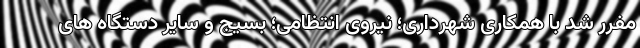
مفرر شد با همکاری شهرداری؛ نیروی انتظامی؛ بسیج و سایر دستگاه های